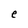
Character: e